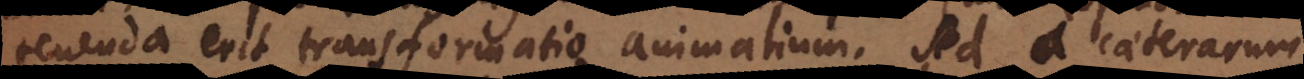
tenenda erit transformatio animalium. Sed a caeterarum